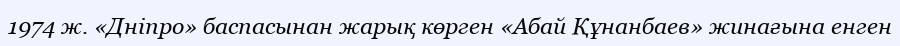
1974 ж. «Дніпро» баспасынан жарық көрген «Абай Құнанбаев» жинағына енген